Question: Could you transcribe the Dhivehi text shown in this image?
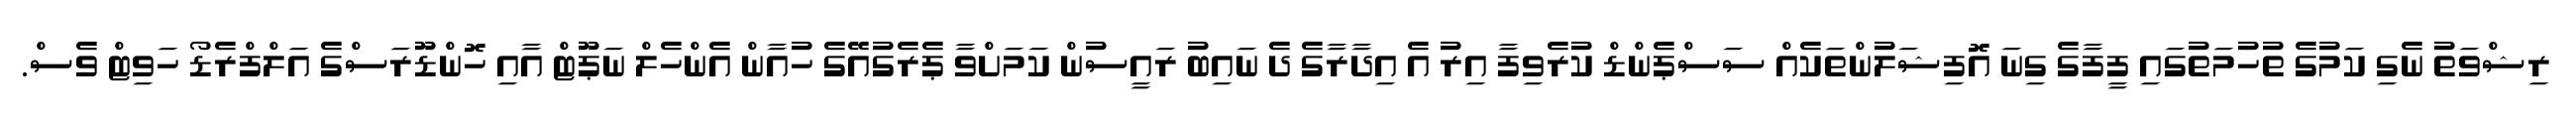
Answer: ރިޝްވަތު ނެގި ކަމުގެ ތުހުމަތުގައި ފީފާގެ ގިނަ އޮފިޝަލުންތަކެއް ސަސްޕެންޑް ކުރެވިފާ އިރު އެ އިދާރާގެ ދެ ނައިބު ރައީސުން ކަމަށްވާ ޕެރެގުއޭގެ ހުއާން އެންހެލް ނަޕޫޓް އާއި ހޮންޑޫރަސްގެ އަލްފްރެޑޯ ހަވިޓް ވެސް.